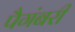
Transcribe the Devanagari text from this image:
पैगंबरी